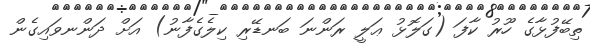
ތިބޭފުޅާގެ ހޫރު ކާފަ (ގަލޮޅު ޢަލީ ރަންނަ ބަނޑޭރި ކިލެގެފާނު) އަށް ދަންނވައިގެން